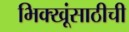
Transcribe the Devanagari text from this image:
भिक्खूंसाठीची